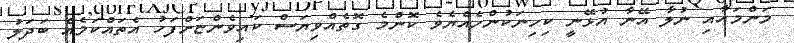
މަންމައާއި ނުލާ އޭނާ އުޅޭނީ ކިހިނަކުންހެއްޔެވެ ކޮންމެ ގޮތެއްވިޔަސް ކައިވެންޏަށްފަހު އެތައްކަމެއް ބަދަލު